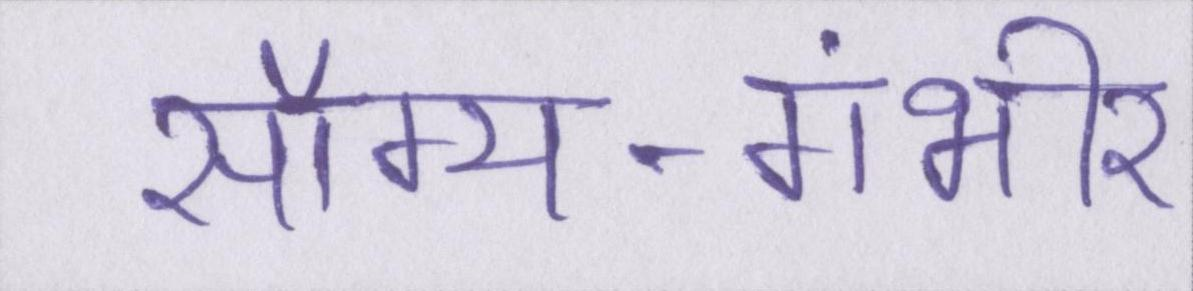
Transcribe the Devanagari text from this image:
सौम्य-गंभीर